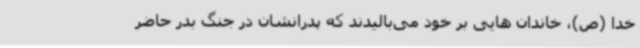
خدا (ص)، خاندان هایی بر خود می‌بالیدند که پدرانشان در جنگ بدر حاضر